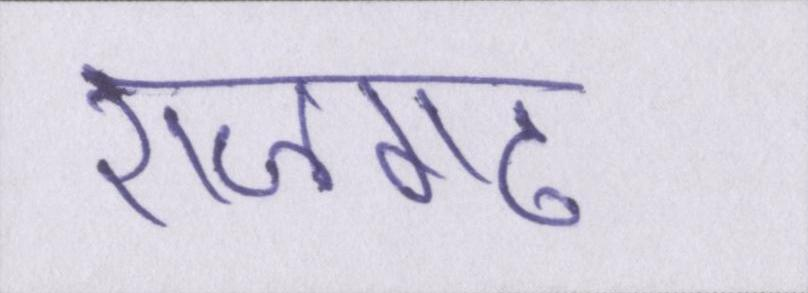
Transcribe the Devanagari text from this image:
राजगढ